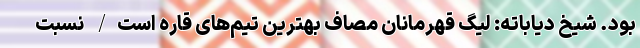
بود. شیخ دیاباته: لیگ قهرمانان مصاف بهترین تیم‌های قاره است/ نسبت